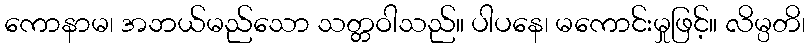
ကောနာမ၊ အဘယ်မည်သော သတ္တဝါသည်။ ပါပနေ၊ မကောင်းမှုဖြင့်။ လိမ္ပတိ၊